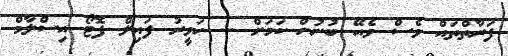
ފަރާތްތައް ވެސް ވެއޭ ބުނުން ކަމަށް -- ހަވީރު ފައިލް ފޮޓޯ އިސްލާމް